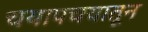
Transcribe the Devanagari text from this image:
चयापचयातून